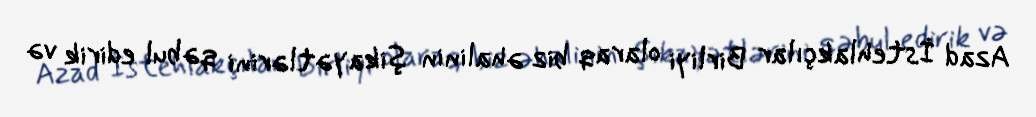
Azad İstehlakçılar Birliyi olaraq biz əhalinin şikayətlərini qəbul edirik və